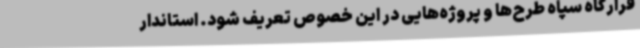
قرارگاه سپاه طرح‌ها و پروژه‌هایی در این خصوص تعریف شود. استاندار